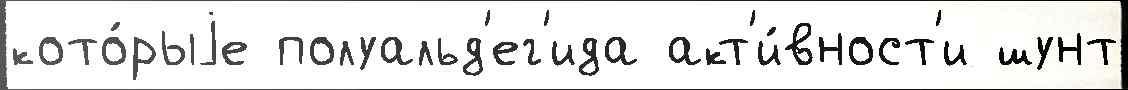
кото́рыjе полуальд'ег'ида акт'и́вност'и шунт